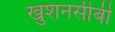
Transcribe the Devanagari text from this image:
खुशनसीबी